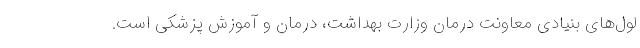
لول‌های بنیادی معاونت درمان وزارت بهداشت، درمان و آموزش پزشكی است.